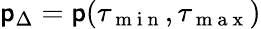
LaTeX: \mathsf{p}_{\Delta}=\mathsf{p}(\tau_{\mathrm{{~m~i~n~}}},\tau_{\mathrm{{~m~a~x~}}})